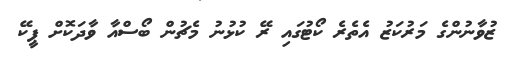
ޒުވާނުންގެ މަރުކަޒު އެތެރެ ކޯޓުގައި ރޭ ކުޅުނު މެޗުން ބޯސްއާ ވާދަކޮށް ޕީކޭ